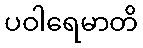
ပဝါရေမာတိ